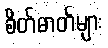
စိတ်ဓာတ်များ